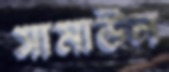
সামাউল